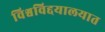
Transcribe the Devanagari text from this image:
विश्वविद्दयालयात